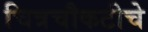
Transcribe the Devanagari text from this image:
चित्रचौकटीचे